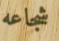
شجاعه